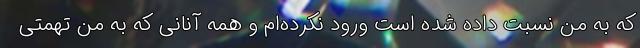
که به من نسبت داده شده است ورود نکرده‌ام و همه آنانی که به من تهمتی